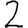
Digit: 2